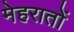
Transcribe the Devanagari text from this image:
मेहरातों